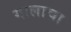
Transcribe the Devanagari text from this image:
गालाचा